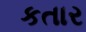
કતાર